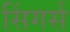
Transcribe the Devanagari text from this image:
सिंगर्स